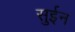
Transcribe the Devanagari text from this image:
सुईन